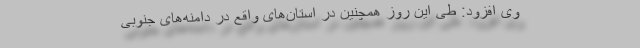
وی افزود: طی این روز همچنین در استان‌های واقع در دامنه‌های جنوبی